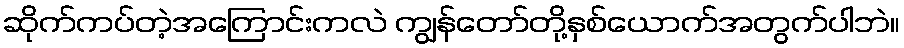
ဆိုက်ကပ်တဲ့အကြောင်းကလဲ ကျွန်တော်တို့နှစ်ယောက်အတွက်ပါဘဲ။